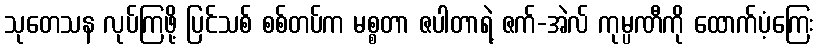
သုတေသန လုပ်ကြဖို့ ပြင်သစ် စစ်တပ်က မစ္စတာ ဇပါတာရဲ့ ဇက်-အဲလ် ကုမ္ပဏီကို ထောက်ပံ့ကြေး